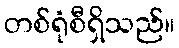
တစ်ရုံစီရှိသည်။